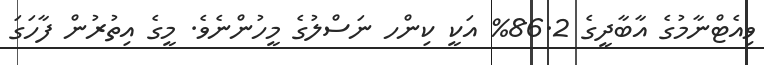
ވިއެޓްނާމުގެ އާބާދީގެ 86.2% އަކީ ކިންހ ނަސްލުގެ މީހުންނެވެ. މީގެ އިތުރުން ފާހަގަ